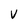
Character: V